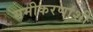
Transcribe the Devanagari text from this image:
समीकरणांशी